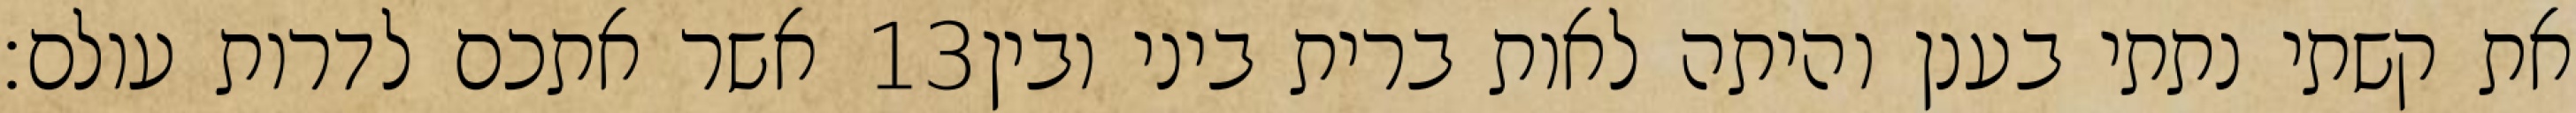
אשר אתכם לדרות עולם׃ ‎13‏ את קשתי נתתי בענן והיתה לאות ברית ביני ובין